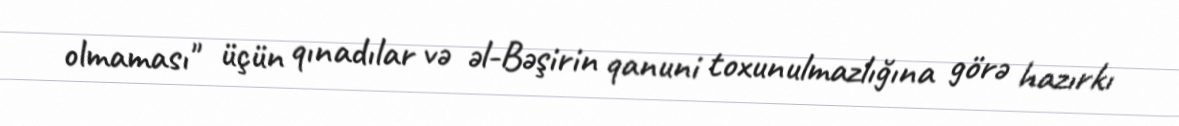
olmaması" üçün qınadılar və əl-Bəşirin qanuni toxunulmazlığına görə hazırkı